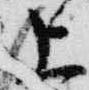
上